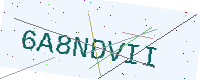
Text: 6A8NDVII